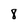
Character: 8